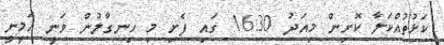
ކަޅުތުއްކަލާ ކޮށިން މިއަދު 16:30 ގައި ފެށި މި ހިނގާލުން ވަނީ އަމީނީ